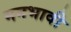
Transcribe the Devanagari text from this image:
मनभावी